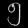
Digit: ၅